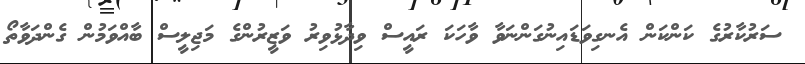
ސަރުކާރުގެ ކަންކަން އެނގިވަޑައިނުގަންނަވާ ވާހަކަ ރައީސް ވިދާޅުވިރު ވަޒީރުންގެ މަޖިލީސް ބާއްވަމުން ގެންދަވާތޯ